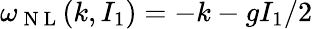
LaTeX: \omega_{\mathrm{~N~L~}}(k,I_{1})=-k-gI_{1}/2